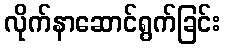
လိုက်နာဆောင်ရွက်ခြင်း